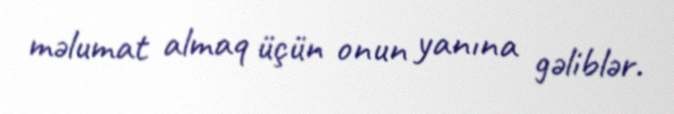
məlumat almaq üçün onun yanına gəliblər.